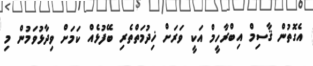
އެގޮތުން ޤާސިމް އިބްރާހީމް އަކީ ވަރަށް ޚިދުމަތްތެރި ބޭފުޅެއް ކަމަށް ވިދާޅުވަމުން މި